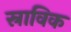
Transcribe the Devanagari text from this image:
स्राविक